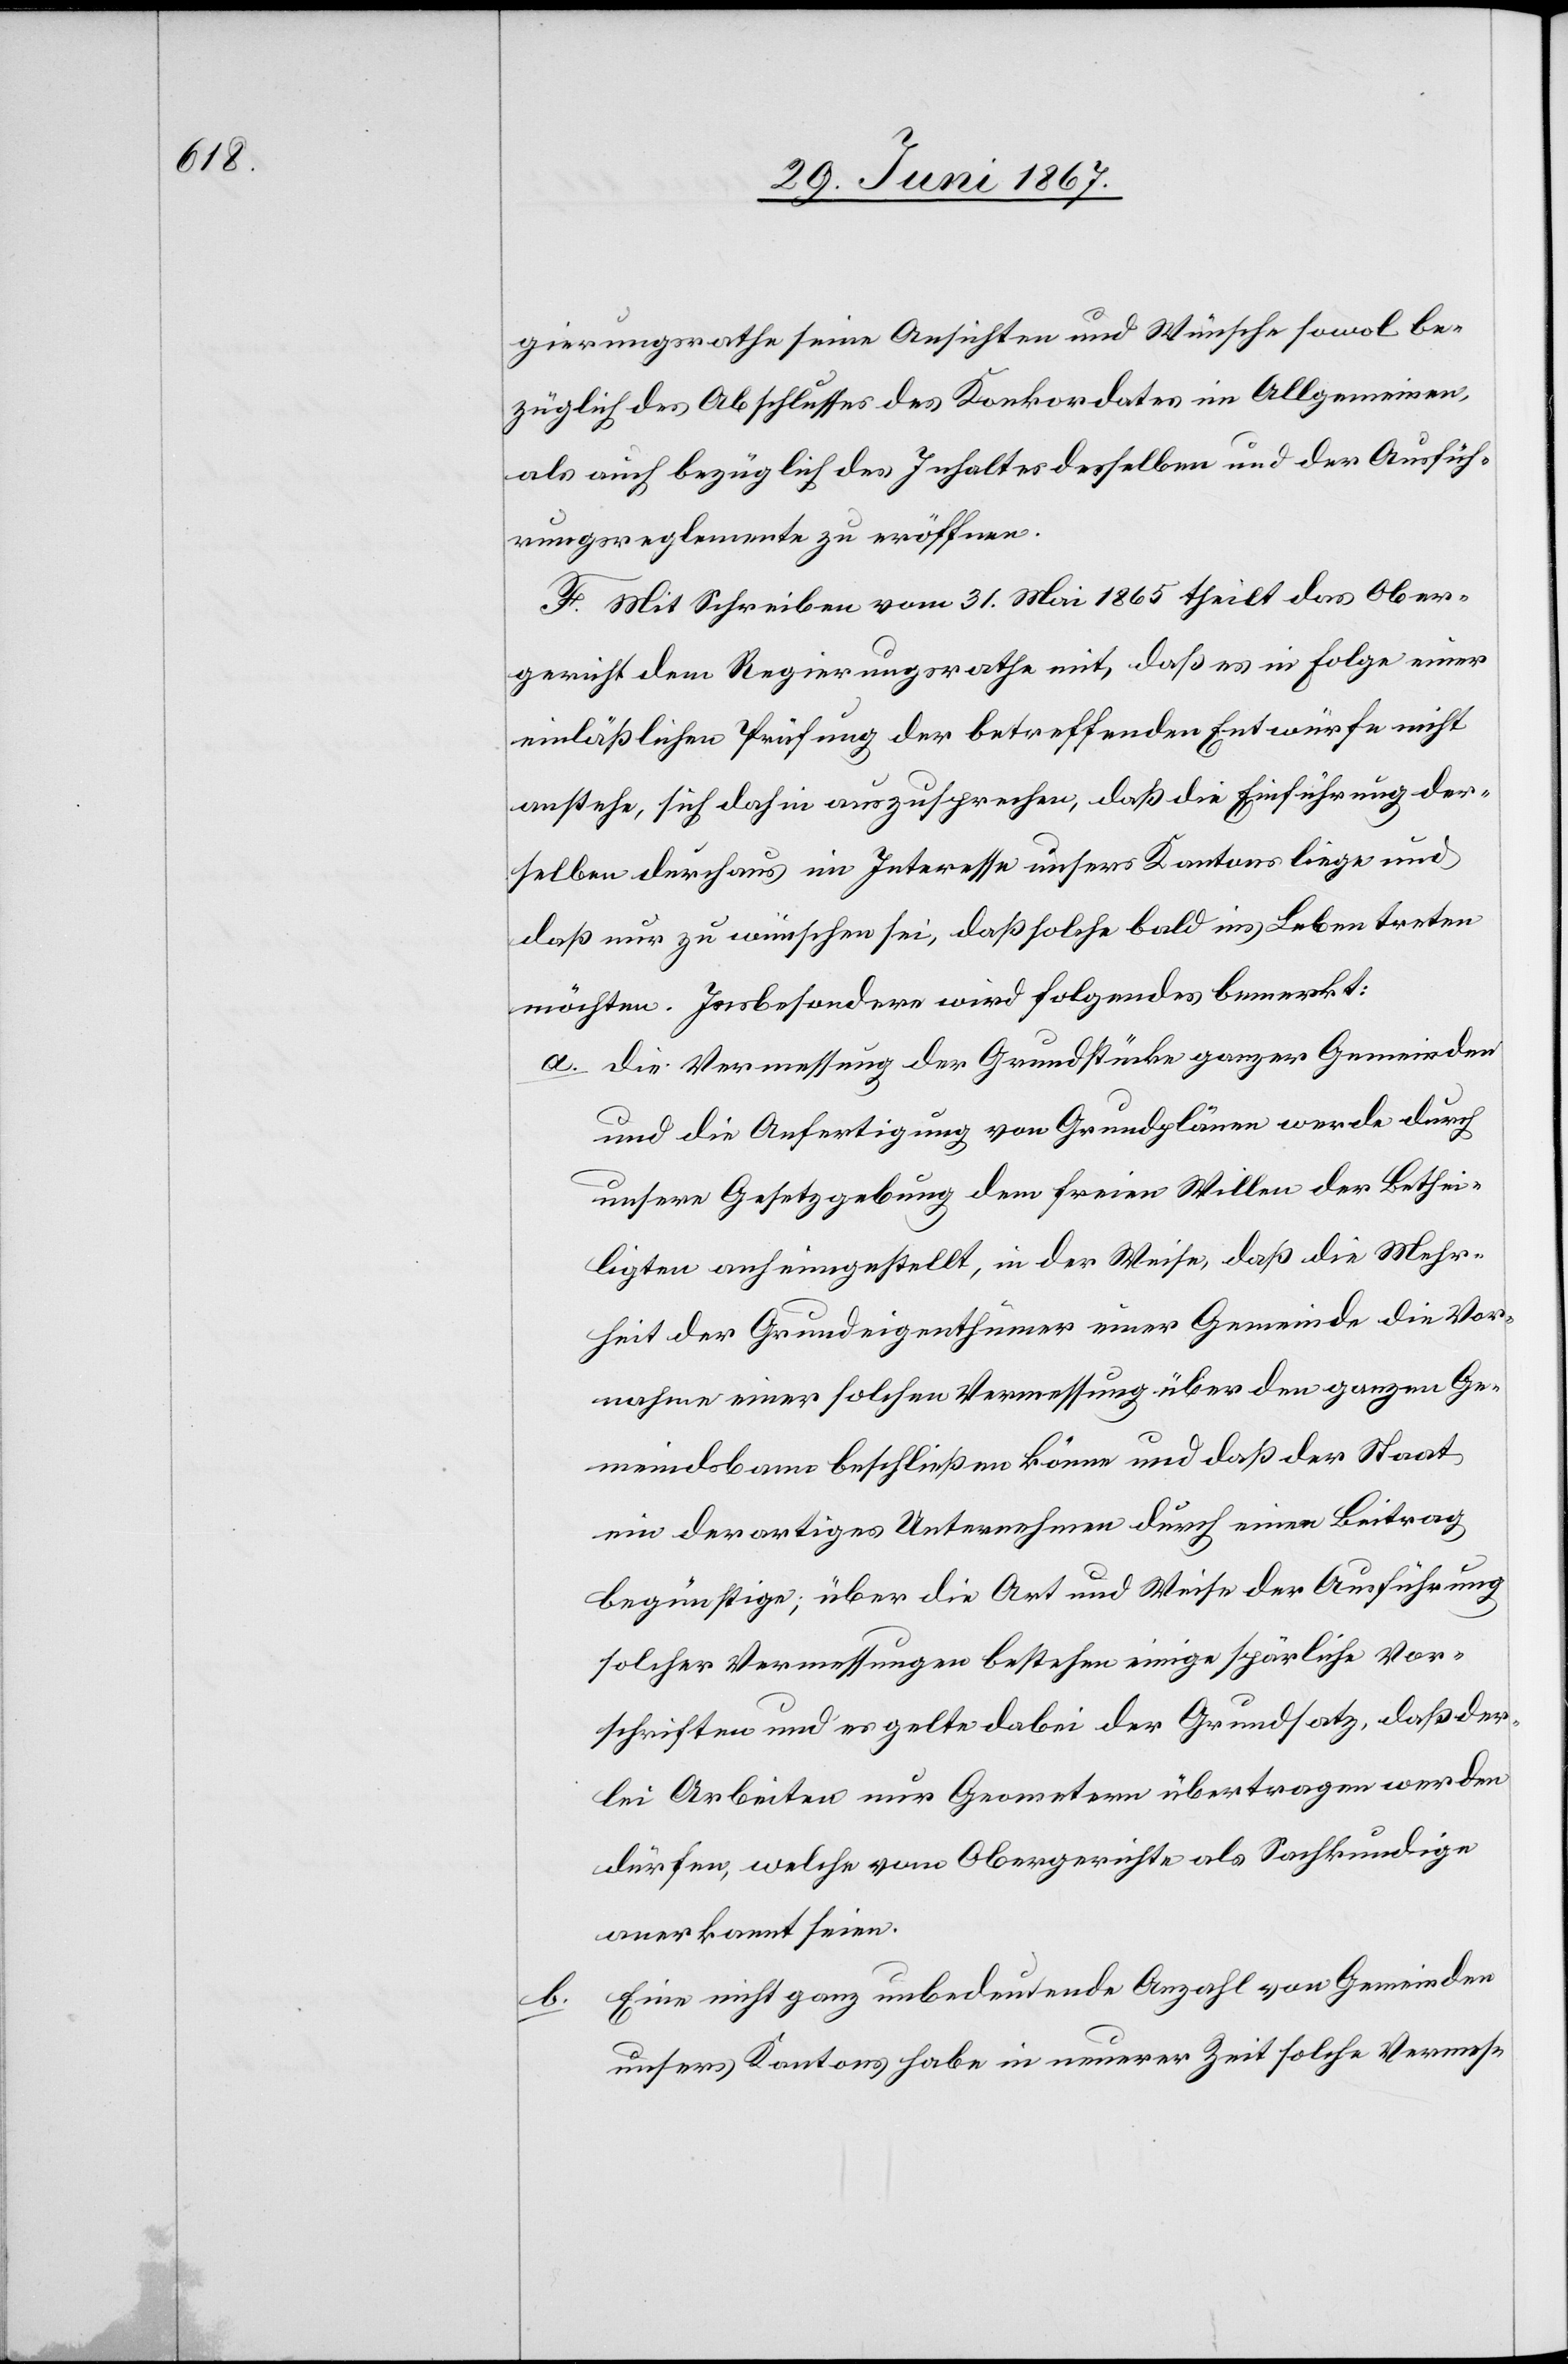
b.

gierungsrathe seine Ansichten und Wünsche sowol be¬
züglich des Abschlusses des Konkordates im Allgemeinen
als auch bezüglich des Inhaltes desselben und der Ausfüh¬
rungsreglemente zu eröffnen.
F. Mit Schreiben vom 31. Mai 1865 theilt das Ober¬
gericht dem Regierungsrathe mit, daß es in Folge einer
einläßlichen Prüfung der betreffenden Entwürfe nicht
anstehe, sich dahin auszusprechen, daß die Einführung der¬
selben durchaus im Interesse unsers Kantons liege und
daß nur zu wünschen sei, daß solche bald ins Leben treten
möchten. Insbesondere wird folgendes bemerkt:
a. die Vermessung der Grundstücke ganzer Gemeinden
und die Anfertigung von Grundplänen werde durch
unsere Gesetzgebung dem freien Willen der Bethei¬
ligten anheimgestellt, in der Weise, daß die Mehr¬
heit der Grundeigenthümer einer Gemeinde die Vor¬
nahme einer solchen Vermessung über den ganzen Ge¬
meindsbann beschließen können und daß der Staat
ein derartiges Unternehmen durch einen Beitrag
begünstige; über die Art und Weise der Ausführung
solcher Vermessungen bestehen einige spärliche Vor¬
schriften und es gelte dabei der Grundsatz, daß der¬
lei Arbeiten nur Geometer übertragen werden
dürfen, welche vom Obergerichte als Sachkundige
anerkannt seien.
Eine nicht ganz unbedeutende Anzahl von Gemeinden
unsers Kantons habe in neuerer Zeit solche Vermes-